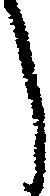
う